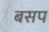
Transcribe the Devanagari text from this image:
बसप